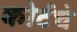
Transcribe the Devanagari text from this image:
कोर्टचे